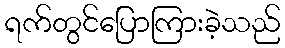
ရက်တွင်ပြောကြားခဲ့သည်